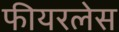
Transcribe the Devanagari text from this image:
फीयरलेस